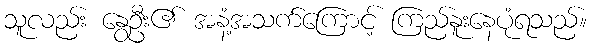
သူလည်း နွေဦး၏ အနံ့အသက်ကြောင့် ကြည်နူးနေပုံရသည်။